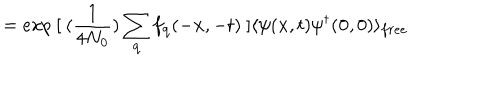
LaTeX: = e x p \mathrm { ~ } [ \mathrm { ~ } ( \frac { 1 } { 4 N _ { 0 } } ) \sum _ { { \bf { q } } } f _ { { \bf { q } } } ( - { \bf { x } } , - t ) \mathrm { ~ } ] \langle \psi ( { \bf { x } } , t ) \psi ^ { \dagger } ( { \bf { 0 } } , 0 ) \rangle _ { f r e e }